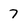
Character: 7